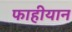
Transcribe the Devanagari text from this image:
फाहीयान